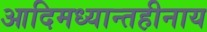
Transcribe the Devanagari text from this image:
आदिमध्यान्तहीनाय